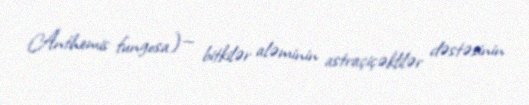
Anthemis fungosa) — bitkilər aləminin astraçiçəklilər dəstəsinin